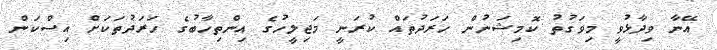
އޭނާ ވިދާޅުވީ މިވަގުތު ކޮމިޝަނުން ހަރަދުތައް ކުރަނީ މަޖިލީހުގެ އިންތިހާބުގެ ހަރަދުތަކަށް އިސްކަން